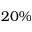
2 0 \%